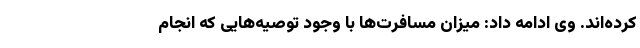
کرده‌اند. وی ادامه داد: میزان مسافرت‌ها با وجود توصیه‌هایی که انجام